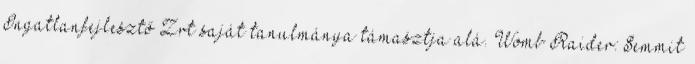
Ingatlanfejlesztő Zrt saját tanulmánya támasztja alá. Womb Raider: Semmit